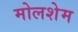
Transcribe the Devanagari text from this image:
मोलशेम